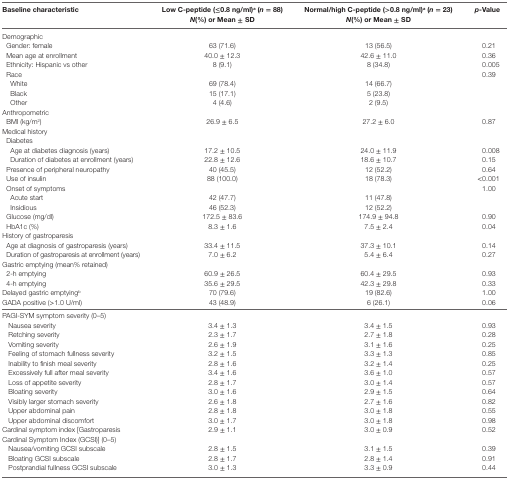
<table><thead><tr><td><b>Baseline characteristic</b></td><td><b>Low C-peptide (≤0.8 ng/ml)<sup>a</sup> (<i>n</i> = 88)<i>N</i>(%) or Mean ± SD</b></td><td><b>Normal/high C-peptide (&gt;0.8 ng/ml)<sup>a</sup> (<i>n</i> = 23)<i>N</i>(%) or Mean ± SD</b></td><td><b><i>p</i>-Value</b></td></tr></thead><tbody><tr><td colspan="4">Demographic</td></tr><tr><td> Gender: female</td><td>63 (71.6)</td><td>13 (56.5)</td><td>0.21</td></tr><tr><td> Mean age at enrollment</td><td>40.0 ± 12.3</td><td>42.6 ± 11.0</td><td>0.36</td></tr><tr><td> Ethnicity: Hispanic vs other</td><td>8 (9.1)</td><td>8 (34.8)</td><td>0.005</td></tr><tr><td> Race</td><td></td><td></td><td>0.39</td></tr><tr><td>White</td><td>69 (78.4)</td><td>14 (66.7)</td><td></td></tr><tr><td>Black</td><td>15 (17.1)</td><td>5 (23.8)</td><td></td></tr><tr><td>Other</td><td>4 (4.6)</td><td>2 (9.5)</td><td></td></tr><tr><td colspan="4">Anthropometric</td></tr><tr><td> BMI (kg/m<sup>2</sup>)</td><td>26.9 ± 6.5</td><td>27.2 ± 6.0</td><td>0.87</td></tr><tr><td colspan="4">Medical history</td></tr><tr><td colspan="4">Diabetes</td></tr><tr><td>Age at diabetes diagnosis (years)</td><td>17.2 ± 10.5</td><td>24.0 ± 11.9</td><td>0.008</td></tr><tr><td>Duration of diabetes at enrollment (years)</td><td>22.8 ± 12.6</td><td>18.6 ± 10.7</td><td>0.15</td></tr><tr><td> Presence of peripheral neuropathy</td><td>40 (45.5)</td><td>12 (52.2)</td><td>0.64</td></tr><tr><td> Use of insulin</td><td>88 (100.0)</td><td>18 (78.3)</td><td>&lt;0.001</td></tr><tr><td> Onset of symptoms</td><td></td><td></td><td>1.00</td></tr><tr><td>Acute start</td><td>42 (47.7)</td><td>11 (47.8)</td><td></td></tr><tr><td>Insidious</td><td>46 (52.3)</td><td>12 (52.2)</td><td></td></tr><tr><td> Glucose (mg/dl)</td><td>172.5 ± 83.6</td><td>174.9 ± 94.8</td><td>0.90</td></tr><tr><td> HbA1c (%)</td><td>8.3 ± 1.6</td><td>7.5 ± 2.4</td><td>0.04</td></tr><tr><td colspan="4">History of gastroparesis</td></tr><tr><td> Age at diagnosis of gastroparesis (years)</td><td>33.4 ± 11.5</td><td>37.3 ± 10.1</td><td>0.14</td></tr><tr><td> Duration of gastroparesis at enrollment (years)</td><td>7.0 ± 6.2</td><td>5.4 ± 6.4</td><td>0.27</td></tr><tr><td colspan="4">Gastric emptying (mean% retained)</td></tr><tr><td> 2-h emptying</td><td>60.9 ± 26.5</td><td>60.4 ± 29.5</td><td>0.93</td></tr><tr><td> 4-h emptying</td><td>35.6 ± 29.5</td><td>42.3 ± 29.8</td><td>0.33</td></tr><tr><td> Delayed gastric emptying<sup>b</sup></td><td>70 (79.6)</td><td>19 (82.6)</td><td>1.00</td></tr><tr><td>GADA positive (&gt;1.0 U/ml)</td><td>43 (48.9)</td><td>6 (26.1)</td><td>0.06</td></tr><tr><td colspan="4">PAGI-SYM symptom severity (0–5)</td></tr><tr><td> Nausea severity</td><td>3.4 ± 1.3</td><td>3.4 ± 1.5</td><td>0.93</td></tr><tr><td> Retching severity</td><td>2.3 ± 1.7</td><td>2.7 ± 1.8</td><td>0.28</td></tr><tr><td> Vomiting severity</td><td>2.6 ± 1.9</td><td>3.1 ± 1.6</td><td>0.25</td></tr><tr><td> Feeling of stomach fullness severity</td><td>3.2 ± 1.5</td><td>3.3 ± 1.3</td><td>0.85</td></tr><tr><td> Inability to finish meal severity</td><td>2.8 ± 1.6</td><td>3.2 ± 1.4</td><td>0.25</td></tr><tr><td> Excessively full after meal severity</td><td>3.4 ± 1.6</td><td>3.6 ± 1.0</td><td>0.57</td></tr><tr><td> Loss of appetite severity</td><td>2.8 ± 1.7</td><td>3.0 ± 1.4</td><td>0.57</td></tr><tr><td> Bloating severity</td><td>3.0 ± 1.6</td><td>2.9 ± 1.5</td><td>0.64</td></tr><tr><td> Visibly larger stomach severity</td><td>2.6 ± 1.8</td><td>2.7 ± 1.6</td><td>0.82</td></tr><tr><td> Upper abdominal pain</td><td>2.8 ± 1.8</td><td>3.0 ± 1.8</td><td>0.55</td></tr><tr><td> Upper abdominal discomfort</td><td>3.0 ± 1.7</td><td>3.0 ± 1.8</td><td>0.98</td></tr><tr><td>Cardinal symptom index [Gastroparesis Cardinal Symptom Index (GCSI)] (0–5)</td><td>2.9 ± 1.1</td><td>3.0 ± 0.9</td><td>0.52</td></tr><tr><td> Nausea/vomiting GCSI subscale</td><td>2.8 ± 1.5</td><td>3.1 ± 1.5</td><td>0.39</td></tr><tr><td> Bloating GCSI subscale</td><td>2.8 ± 1.7</td><td>2.8 ± 1.4</td><td>0.91</td></tr><tr><td> Postprandial fullness GCSI subscale</td><td>3.0 ± 1.3</td><td>3.3 ± 0.9</td><td>0.44</td></tr></tbody></table>